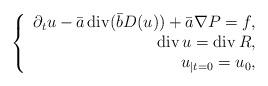
LaTeX: \begin{align*}\left\{\begin{array}[c]{r}\partial_{t}u-\bar{a}\operatorname{div}(\bar{b}D(u))+\bar{a}\nabla P=f,\\\operatorname{div}u=\operatorname{div}R,\\u_{|t=0}=u_{0},\end{array}\right. \end{align*}